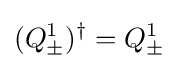
(Q_{\pm }^{1})^{\dagger }=Q_{\pm }^{1}